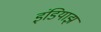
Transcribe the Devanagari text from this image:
इंडियाझ